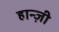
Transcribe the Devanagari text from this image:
हान्ज़ी